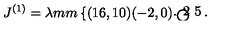
J ^ { ( 1 ) } = \lambda \setlength { \unitlength } { 1 m m } \left\{ \begin{picture} { ( 1 6 , 1 0 ) ( - 2 , 0 ) \thicklines \put ( 4 , 1 ) { \circle { 8 } } \put ( - 0 . 2 5 , 1 ) { \circle * { 1 } } } \\ \end{picture} \right.